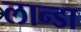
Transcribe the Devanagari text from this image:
लान्डा